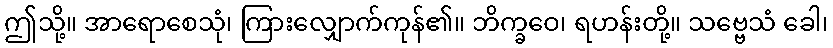
ဤသို့။ အာရောစေသုံ၊ ကြားလျှောက်ကုန်၏။ ဘိက္ခဝေ၊ ရဟန်းတို့။ သဗ္ဗေသံ ခေါ၊